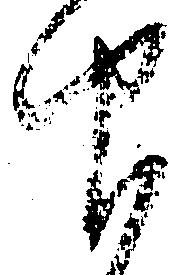
仰